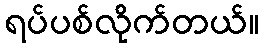
ရပ်ပစ်လိုက်တယ်။